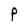
Character: P